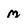
Character: M